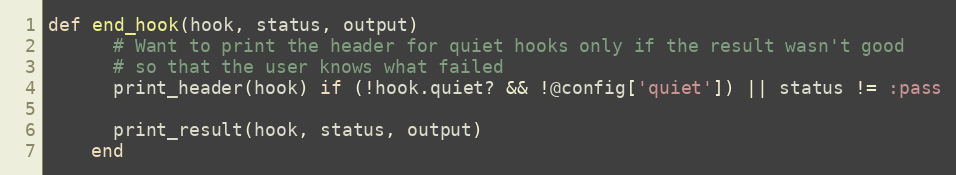
Language: Ruby
def end_hook(hook, status, output)
      # Want to print the header for quiet hooks only if the result wasn't good
      # so that the user knows what failed
      print_header(hook) if (!hook.quiet? && !@config['quiet']) || status != :pass

      print_result(hook, status, output)
    end